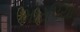
મોરપિયા